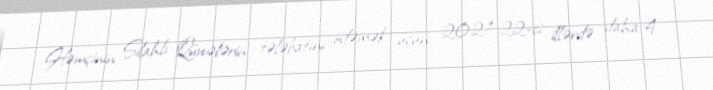
Həmçinin Silahlı Qüvvələrin tələbatını ödəmək üçün 2021-22-ci illərdə daha 4